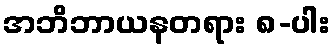
အဘိဘာယနတရား ၈-ပါး